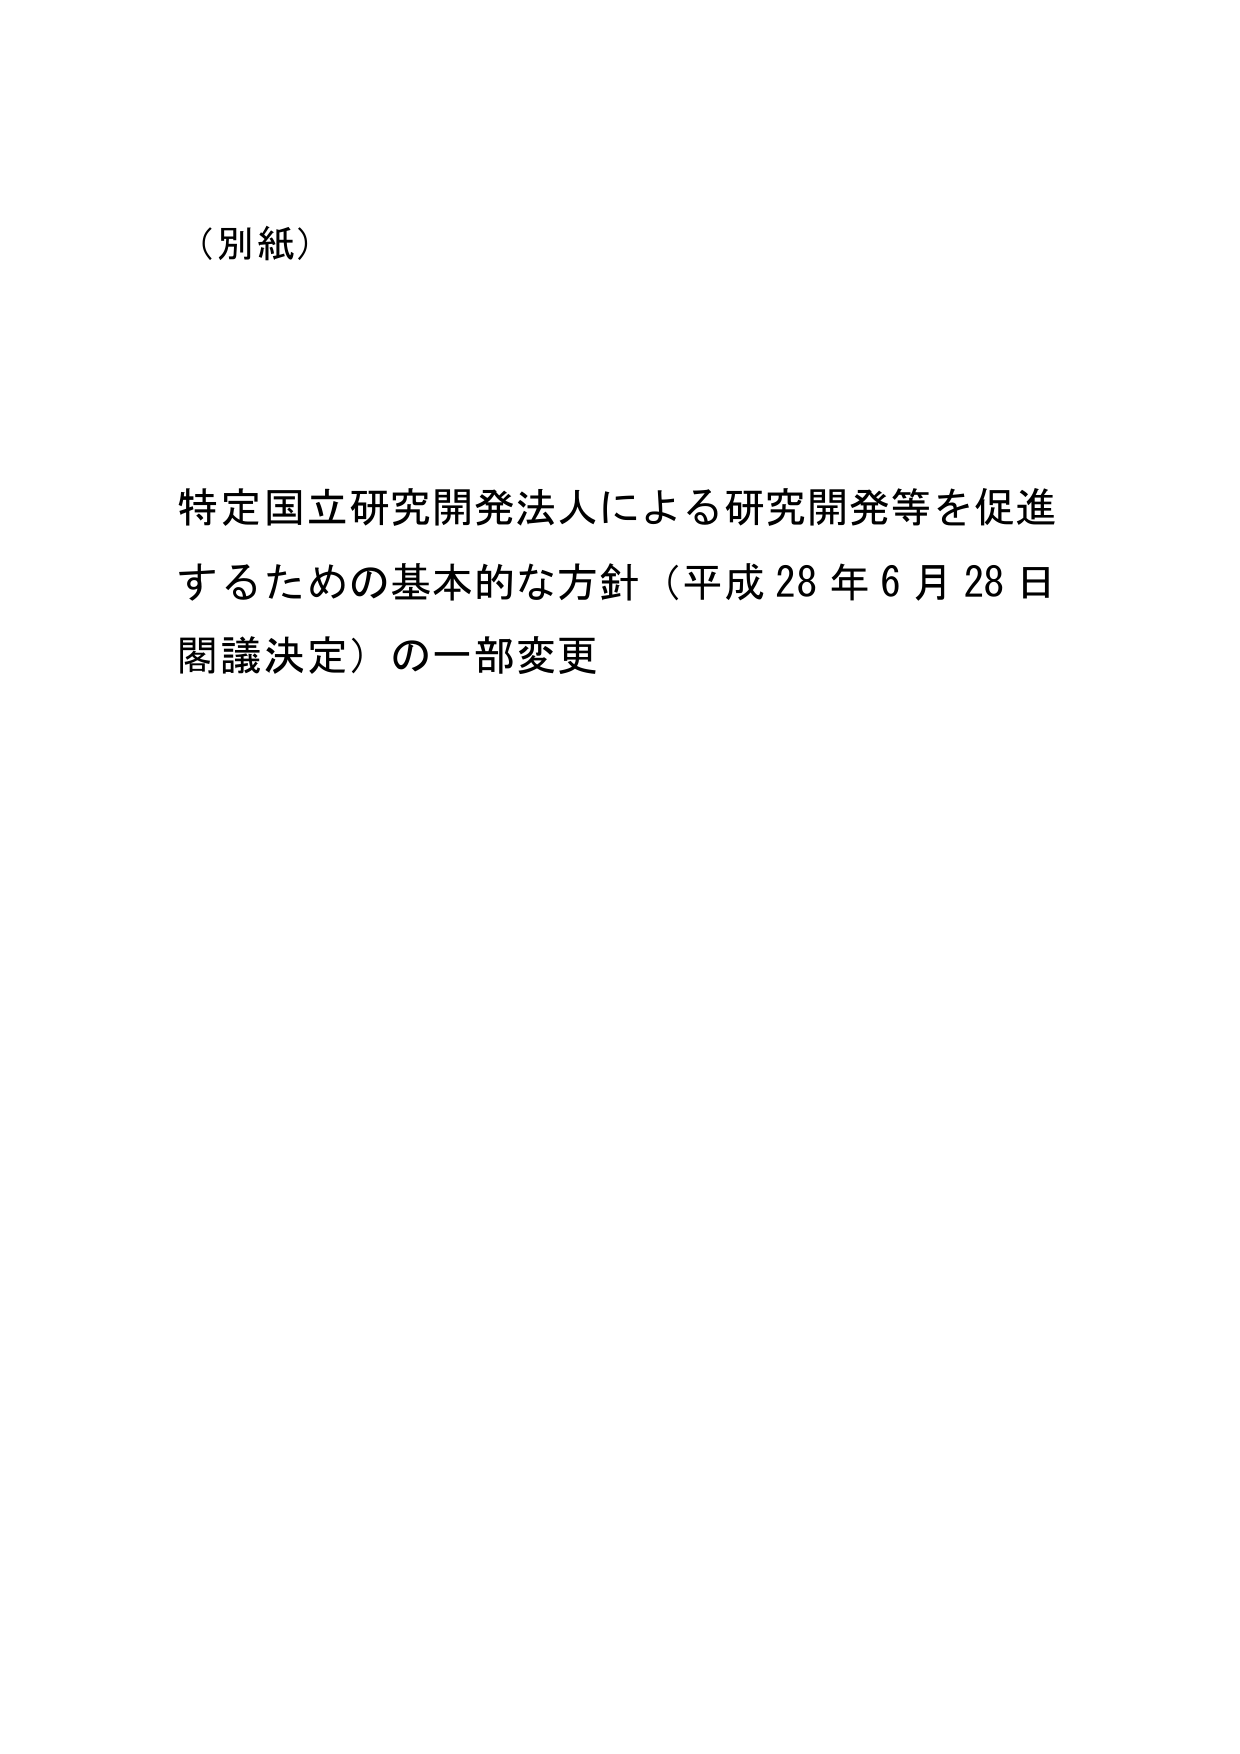
（別紙）

特定国立研究開発法人による研究開発等を促進
するための基本的な方針（平成28年6月28日
閣議決定）の一部変更